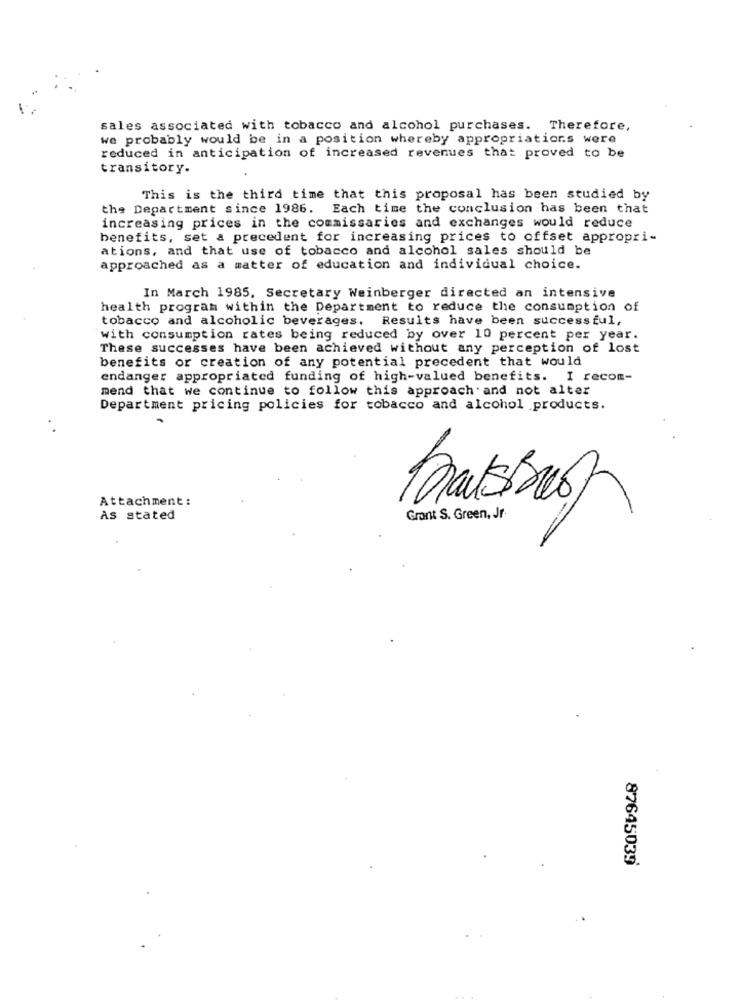
sales associated with tobacco and alcohol purchases. Therefore,
we probably would be in a position whereby appropriations were
reduced in anticipation of increased revenues that proved to be
transitory.
This is the third time that this proposal has been studied by
the Department since 1986. Each time the conclusion has been that
increasing prices in the commissaries and exchanges would reduce
benefits, set a precedent for increasing prices to offset appropri-
ations, and that use of tobacco and alcohol sales should be
approached as a matter of education and individual choice.
In March 1985, Secretary Weinberger directed an intensive
health program within the Department to reduce the consumption of
tobacco and alcoholic beverages. Results have been successful,
with consumption rates being reduced by over 10 percent per year.
These successes have been achieved without any perception of lost
benefits or creation of any potential precedent that would
endanger appropriated funding of high-valued benefits. I recom-
mend that we continue to follow this approach and not alter
Department pricing policies for tobacco and alcohol products.
Attachment:
matsbrest
AS stated
Grant S. Green, Jr
87645039